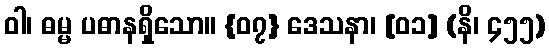
ဝါ၊ ဓမ္မ ပဓာနရှိသော။ {၀၇} ဒေသနာ၊ [၀၁] (နိ၊ ၄၅၅)